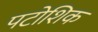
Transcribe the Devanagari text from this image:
पटोशिक